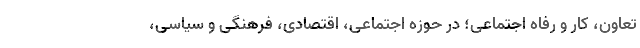
تعاون، کار و رفاه اجتماعی؛ در حوزه اجتماعی، اقتصادی، فرهنگی و سیاسی،